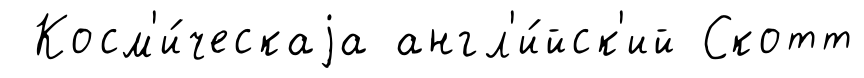
Косм'и́ческаjа англ'и́йск'ий Скотт